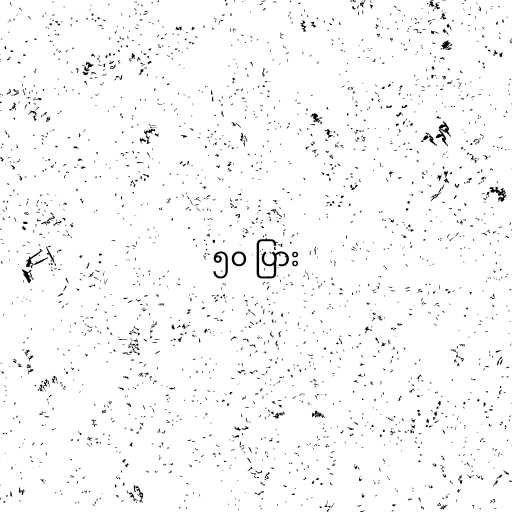
၅၀ ပြား